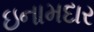
ઇનામદાર